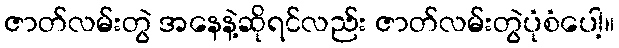
ဇာတ်လမ်းတွဲ အနေနဲ့ဆိုရင်လည်း ဇာတ်လမ်းတွဲပုံစံပေါ့။